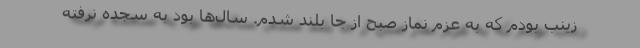
زینب بودم که به عزم نماز صبح از جا بلند شدم. سال‌ها بود به سجده نرفته